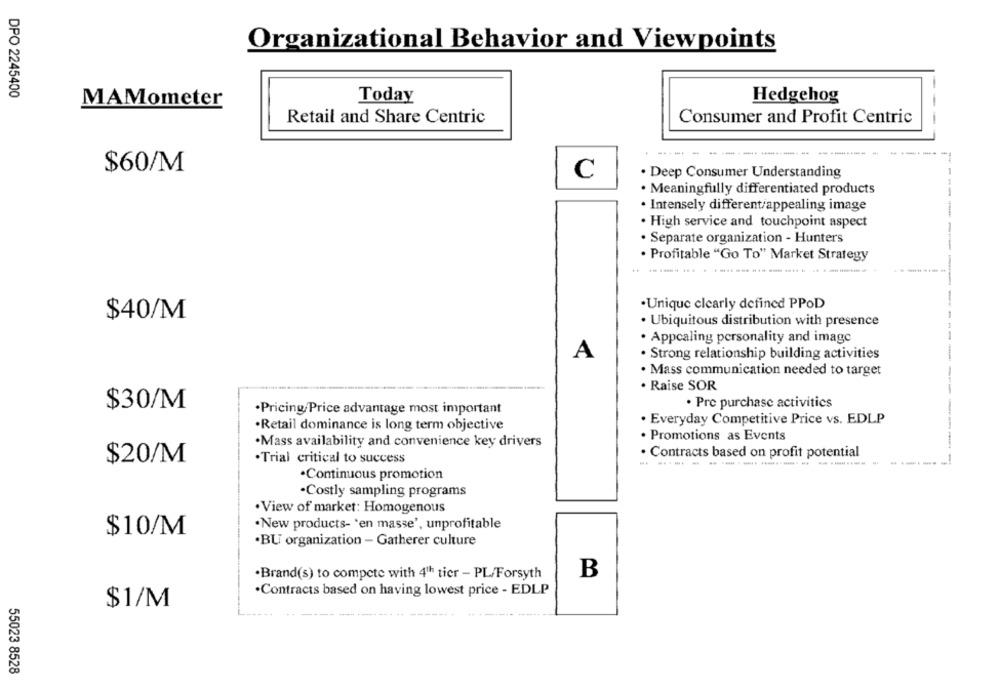
Organizational Behavior and Viewpoints
DPO 2245400
MAMometer
Today
Hedgehog
Retail and Share Centric
Consumer and Profit Centric
---------
$60/M
. Deep Consumer Understanding
C
Meaningfully differentiated products
· Intensely different/appealing image
· High service and touchpoint aspect
· Separate organization - Hunters
· Profitable "Go To" Market Strategy
·Unique clearly defined PPOD
$40/M
· Ubiquitous distribution with presence
· Appcaling personality and image
A
· Strong relationship building activities
· Mass communication needed to target
-
· Raise SOR
$30/M
· Pre purchase activities
·Pricing Price advantage most important
. Everyday Competitive Price vs. EDLP
·Retail dominance is long term objective
. Promotions as Events
·Mass availability and convenience key drivers
--
· Contracts based on profit potential
$20/M
·Trial critical to success
.. .....
.Continuous promotion
·Costly sampling programs
. View of market: Homogenous
$10/M
·New products- 'en masse', unprofitable
·BU organization - Gatherer culture
.Brand(s) to compete with 4th tier - PL/Forsyth
B
.Contracts based on having lowest price - EDLP
$1/M
55023 8528